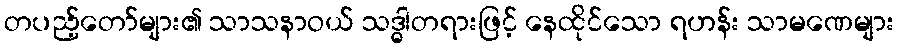
တပည့်တော်များ၏ သာသနာဝယ် သဒ္ဓါတရားဖြင့် နေထိုင်သော ရဟန်း သာမဏေများ